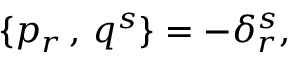
\{ p _ { r } \, , \, q ^ { s } \} = - \delta _ { r } ^ { s } ,